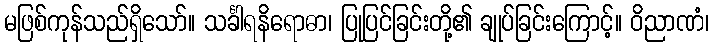
မဖြစ်ကုန်သည်ရှိသော်။ သင်္ခါရနိရောဓာ၊ ပြုပြင်ခြင်းတို့၏ ချုပ်ခြင်းကြောင့်။ ဝိညာဏံ၊